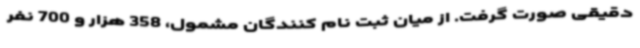
دقیقی صورت گرفت. از میان ثبت نام کنندگان مشمول، 358 هزار و 700 نفر